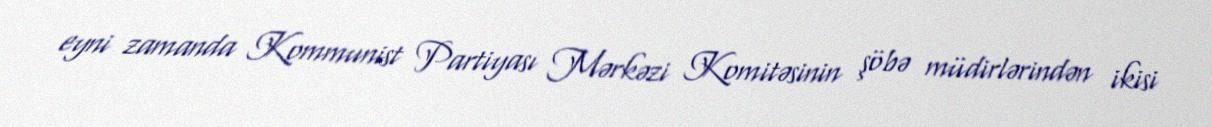
eyni zamanda Kommunist Partiyası Mərkəzi Komitəsinin şöbə müdirlərindən ikisi